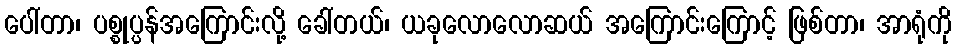
ပေါ်တာ၊ ပစ္စုပ္ပန်အကြောင်းလို့ ခေါ်တယ်၊ ယခုလောလောဆယ် အကြောင်းကြောင့် ဖြစ်တာ၊ အာရုံကို